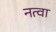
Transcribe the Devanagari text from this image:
नत्वा